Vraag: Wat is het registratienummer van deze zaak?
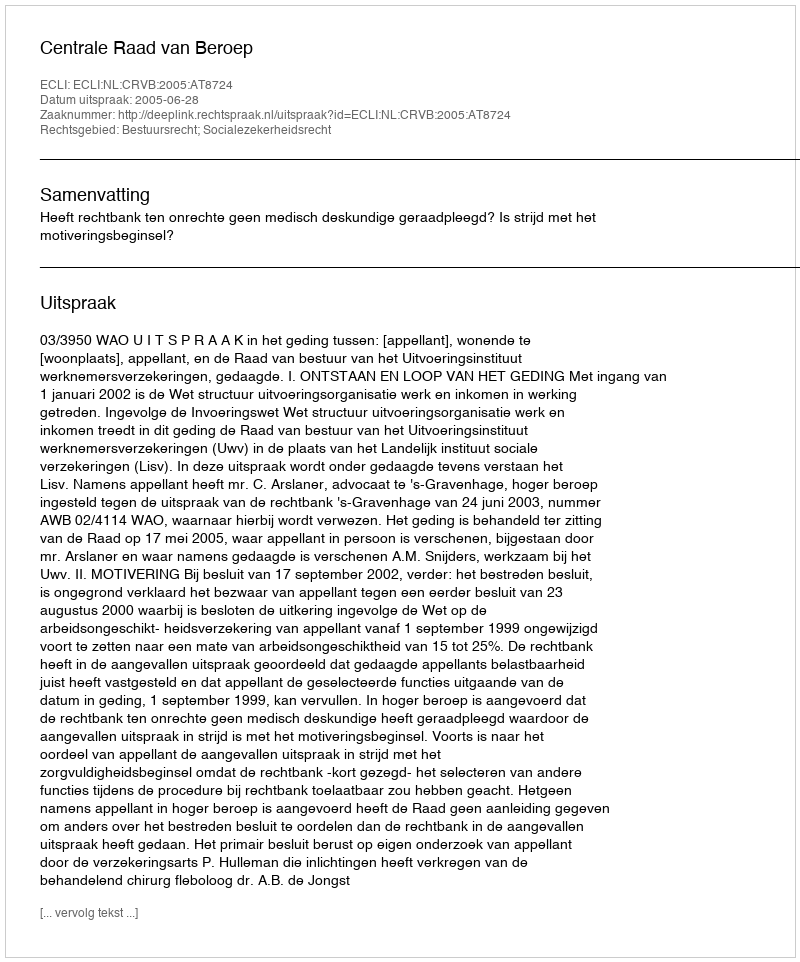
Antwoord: http://deeplink.rechtspraak.nl/uitspraak?id=ECLI:NL:CRVB:2005:AT8724